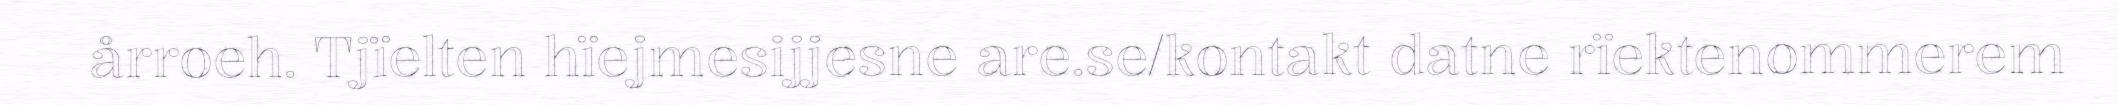
årroeh. Tjïelten hïejmesijjesne are.se/kontakt datne rïektenommerem